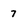
Character: 7